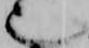
也